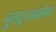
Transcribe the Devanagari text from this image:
मूलद्रव्यांबरोबर